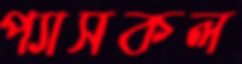
প্যাসকল